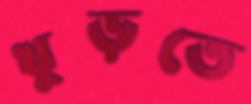
খুড়তে